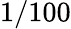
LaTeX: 1/100